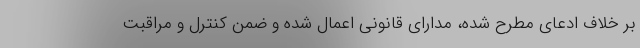
بر خلاف ادعای مطرح شده، مدارای قانونی اعمال شده و ضمن کنترل و مراقبت